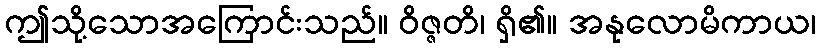
ဤသို့သောအကြောင်းသည်။ ဝိဇ္ဇတိ၊ ရှိ၏။ အနုလောမိကာယ၊